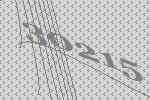
30215